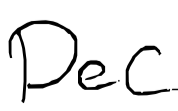
Text: Dec
Cross-out: clean
Writing tool: digital_black